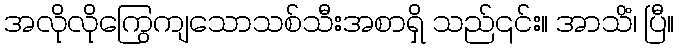
အလိုလိုကြွေကျသောသစ်သီးအစာရှိ သည်၎င်း။ အာသိံ၊ ပြီ။